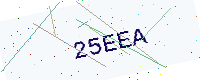
Text: 25EEA